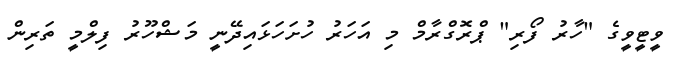
ވީޓީވީގެ "ހާރު ފޯރި" ޕްރޮގްރާމް މި އަހަރު ހުށަހަޅައިދޭނީ މަޝްހޫރު ފިލްމީ ތަރިން